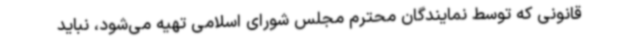
قانونی که توسط نمایندگان محترم مجلس شورای اسلامی تهیه می‌شود، نباید